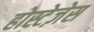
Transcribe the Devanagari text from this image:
होस्टेज़ेस